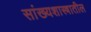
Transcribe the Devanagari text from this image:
सांख्यशास्त्रातील